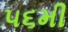
૫૬મી